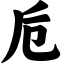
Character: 卮